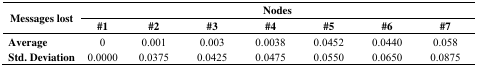
<table><thead><tr><td rowspan="3"><b>Messages lost</b></td><td colspan="7"><b>Nodes</b></td></tr><tr><td><b>#1</b></td><td><b>#2</b></td><td><b>#3</b></td><td><b>#4</b></td><td><b>#5</b></td><td><b>#6</b></td><td><b>#7</b></td></tr></thead><tbody><tr><td><b>Average</b></td><td>0</td><td>0.001</td><td>0.003</td><td>0.0038</td><td>0.0452</td><td>0.0440</td><td>0.058</td></tr><tr><td><b>Std. Deviation</b></td><td>0.0000</td><td>0.0375</td><td>0.0425</td><td>0.0475</td><td>0.0550</td><td>0.0650</td><td>0.0875</td></tr></tbody></table>